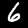
Digit: 6